Scottish Certificate of Education, 1962
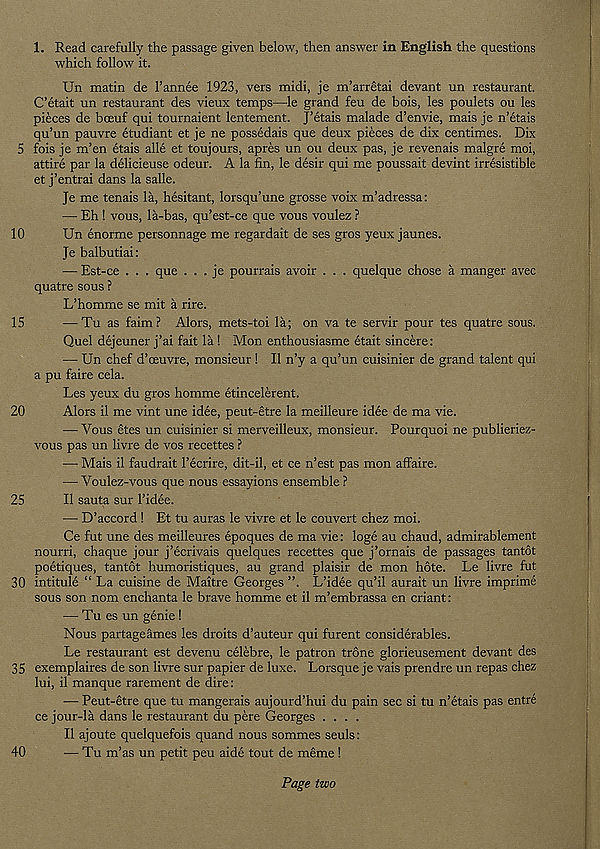
1. Read carefully the passage given below, then answer in English the questions
which follow it.
Un matin de I’annee 1923, vers midi, je m’arretai devant un restaurant.
C’etait un restaurant des vieux temps—le grand feu de hois, les poulets ou les
pieces de bceuf qui tournaient lentement. J’etais malade d’envie, mais je n’etais
qu’un pauvre etudiant et je ne possedais que deux pieces de dix centimes. Dix
5 fois je m’en etais alle et toujours, apres un ou deux pas, je revenais malgre moi,
attire par la delicieuse odeur. A la fin, le desir qui me poussait devint irresistible
et j’entrai dans la salle.
Je me tenais la, hesitant, lorsqu’une grosse voix m’adressa:
— Eh ! vous, la-bas, qu’est-ce que vous voulez ?
10
Un enorme personnage me regardait de ses gros yeux jaunes.
Je balbutiai:
— Est-ce . . . que . . . je pourrais avoir . . . quelque chose a manger avec
quatre sous ?
L’homme se mit a rire.
15
— Tu as faim? Alors, mets-toi la; on va te servir pour tes quatre sous.
Quel dejeuner j’ai fait la ! Mon enthousiasme etait sincere:
— Un chef d’ceuvre, monsieur! 11 n’y a qu’un cuisinier de grand talent qui
a pu faire cela.
Les yeux du gros homme etincelerent.
20
Alors il me vint une idee, peut-etre la meilleure idee de ma vie.
— Vous etes un cuisinier si merveilleux, monsieur. Pourquoi ne publieriez-
vous pas un livre de vos recettes ?
— Mais il faudrait 1’ecrire, dit-il, et ce n’est pas mon affaire.
— Voulez-vous que nous essayions ensemble ?
25
II sauta sur I’idee.
— D’accord ! Et tu auras le vivre et le couvert chez moi.
Ce fut une des meilleures epoques de ma vie: loge au chaud, admirablement
nourri, chaque jour j’ecrivais quelques recettes que j’ornais de passages tantot
poetiques, tantot humoristiques, au grand plaisir de mon hote. Le livre fut
30 intitule “ La cuisine de Maitre Georges ”. L’idee qu’il aurait un livre imprime
sous son nom enchanta le brave homme et il m’embrassa en criant:
— Tu es un genie !
Nous partageames les droits d’auteur qui furent considerables.
Le restaurant est devenu celebre, le patron trone glorieusement devant des
35 exemplaires de son livre sur papier de luxe. Lorsque je vais prendre un repas chez
lui, il manque rarement de dire:
— Peut-etre que tu mangerais aujourd’hui du pain sec si tu n’etais pas entre
ce jour-la dans le restaurant du pere Georges ....
Il ajoute quelquefois quand nous sommes seuls:
40
— Tu m’as un petit peu aide tout de meme !
Page two